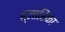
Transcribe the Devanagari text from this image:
ह्जारिका